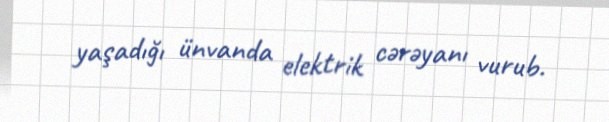
yaşadığı ünvanda elektrik cərəyanı vurub.